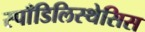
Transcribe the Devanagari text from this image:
स्पाँडिलिस्थेसिस